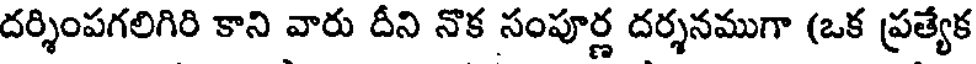
దర్శింపగలిగిరి కాని వారు దీని నొక సంపూర్ణ దర్శనముగా (ఒక ప్రత్యేక